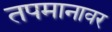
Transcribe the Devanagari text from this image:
तपमानावर